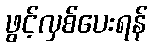
ဖွင့်လှစ်ပေးရန်